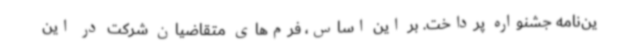
ین‌نامه جشنواره پرداخت. بر این اساس، فرم‌های متقاضیان شرکت در این